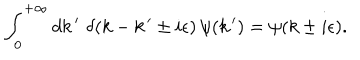
\int _ { 0 } ^ { + \infty } d k \, ^ { \prime } \, \, \delta ( k - k \, ^ { \prime } \pm i \epsilon ) \, \psi ( k \, ^ { \prime } ) = \psi ( k \pm i \epsilon ) .